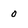
Character: 0